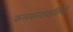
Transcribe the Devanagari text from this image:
कलकत्तावासियों